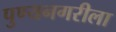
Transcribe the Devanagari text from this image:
पुण्यनगरीला